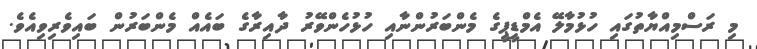
މި ރަސްމިއްޔާތުގައި ހުޅުމާލޭ އެމްޑީޕީގެ މެންބަރުންނާއި ހުޅުހެންވޭރު ދާއިރާގެ ބައެއް މެންބަރުން ބައިވެރިވިއެވެ.